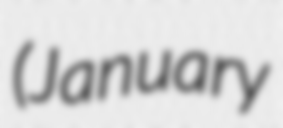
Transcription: (January